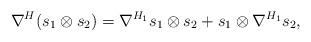
LaTeX: \begin{align*} \nabla^H(s_1\otimes s_2)=\nabla^{H_1}s_1\otimes s_2 + s_1\otimes \nabla^{H_1}s_2, \end{align*}